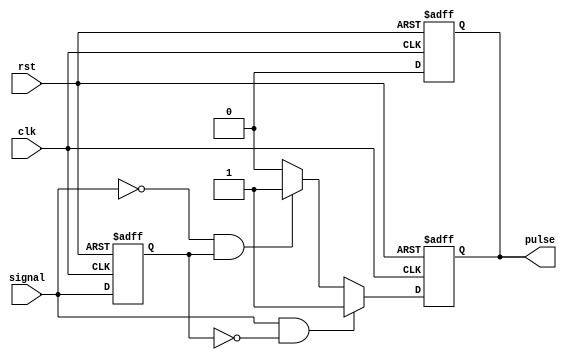
module pulse_edge_detector (
    input wire clk,          // Clock signal
    input wire rst,          // Reset signal
    input wire signal,       // Input signal to detect edges
    output reg pulse         // Output pulse signal
);

    reg previous_state;      // Memory block to store the previous state of the input signal

    // On reset, initialize previous_state and pulse
    always @(posedge clk or posedge rst) begin
        if (rst) begin
            previous_state <= 1'b0; // Initialize to low
            pulse <= 1'b0;          // Initialize pulse to low
        end else begin
            // Edge Detection Logic
            if (signal && !previous_state) begin
                // Rising edge detected
                pulse <= 1'b1; // Generate pulse
            end else if (!signal && previous_state) begin
                // Falling edge detected
                pulse <= 1'b1; // Generate pulse
            end else begin
                pulse <= 1'b0; // No edge, output low
            end

            // State Update
            previous_state <= signal; // Store current state for next clock cycle
        end
    end

    // Pulse generation logic to ensure pulse is a single clock cycle
    always @(posedge clk or posedge rst) begin
        if (rst) begin
            pulse <= 1'b0; // Reset pulse on reset signal
        end else if (pulse) begin
            pulse <= 1'b0; // Clear pulse after one clock cycle
        end
    end

endmodule